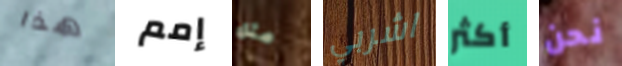
هذا إمم مثل اشربي أكثر نحن